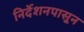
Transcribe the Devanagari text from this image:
निर्देशनपासून